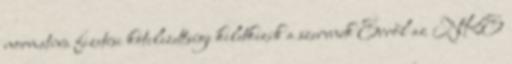
normatíva fizetési kötelezettsége keletkezik a szervnek Erről az NKE